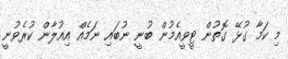
މި ކަމާ ގުޅޭ ގޮތުން ޓީވީއެމުން ބުނީ ނުބައި ނަމެއް އިއުލާން ކުރެވުނީ